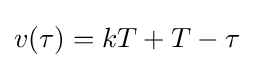
v(\tau )=kT+T-\tau